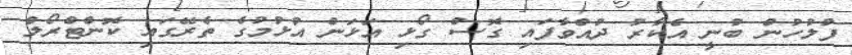
ފުލުހުން ބުނީ އެކާރު ދުއްވާފައި ގޮސް ގޯޅި އަޅަން އުޅުމުގެ ތެރޭގައި ކޮންޓްރޯލް